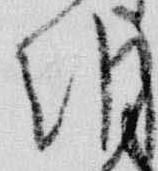
朝